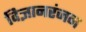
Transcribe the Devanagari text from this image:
विज्ञानरंजन